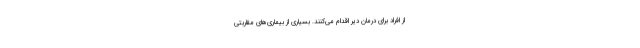
از افراد برای درمان دیر اقدام می‌کنند. بسیاری از بیماری‌های مقاربتی